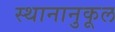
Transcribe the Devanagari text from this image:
स्थानानुकूल